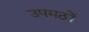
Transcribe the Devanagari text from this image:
उपमठों